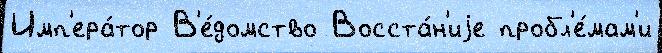
Имп'ера́тор В'е́домство Восста́н'иjе пробл'е́мам'и